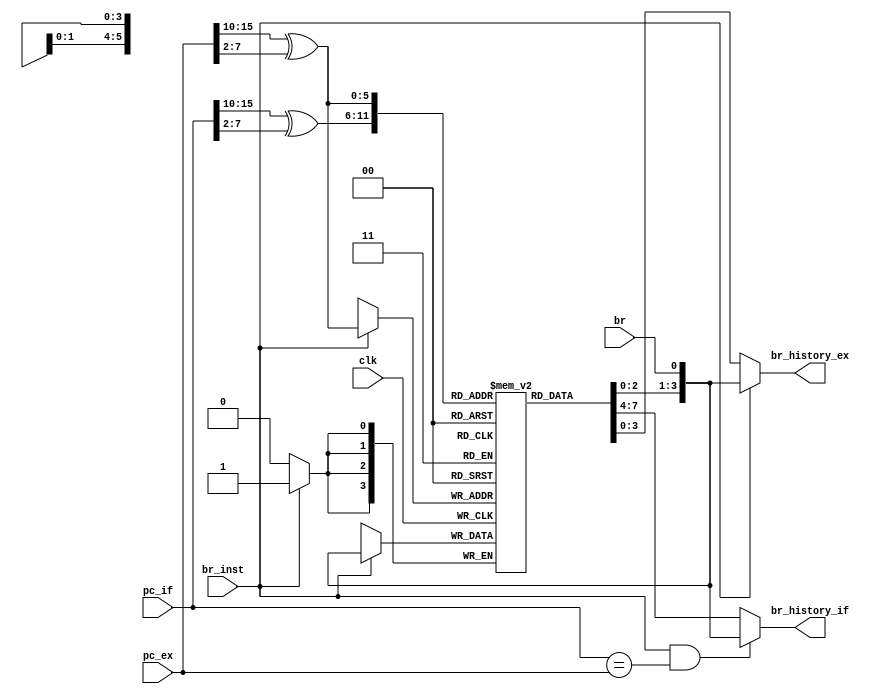
module BHT (
    input clk,
    input [31:0] pc_if,
    input [31:0] pc_ex,
    input br_inst,  //exbr
    input br,
    output [3:0] br_history_if,
    output [3:0] br_history_ex
);
    reg [3:0] bht [0:63];
    wire [5:0] pc_if_hash, pc_ex_hash;
    integer i=0;

    assign pc_if_hash=pc_if[15:10]^pc_if[7:2];
    assign pc_ex_hash=pc_ex[15:10]^pc_ex[7:2];
    assign br_history_if= (br_inst && pc_if==pc_ex) ? {bht[pc_ex_hash][2:0],br} : bht[pc_if_hash];    //
    assign br_history_ex= (br_inst) ? {bht[pc_ex_hash][2:0],br} : bht[pc_ex_hash];  //
    
    initial begin
        for (i=0; i<64; i=i+1) begin
            bht[i]=4'h0;    //BHR
        end
    end

    always @(posedge clk) begin
        if(br_inst)
            bht[pc_ex_hash]<={bht[pc_ex_hash][2:0],br};  //
    end
endmodule

module PHT_Partical (
    input clk,
    input [31:0] pc_if,
    input [31:0] pc_ex,
    input br_inst,  //br
    input br,
    input [3:0] br_history_if,
    input [3:0] br_history_ex,
    output reg br_pre
);
    reg [1:0] pht [0:63][0:15];
    wire [5:0] pc_if_hash, pc_ex_hash;
    integer i=0, j=0;

    assign pc_if_hash=pc_if[15:10]^pc_if[7:2];
    assign pc_ex_hash=pc_ex[15:10]^pc_ex[7:2];

    always @(*) begin
        if(br_inst && pc_if==pc_ex)begin    //
            case (pht[pc_ex_hash][br_history_ex])
                2'b00: br_pre=0;
                2'b01: br_pre= (br) ? 1 : 0;
                2'b10: br_pre= (br) ? 1 : 0;
                2'b11: br_pre=1;
            endcase
        end
        else begin
            case (pht[pc_if_hash][br_history_if])
                2'b00: br_pre=0;
                2'b01: br_pre=0;
                2'b10: br_pre=1;
                2'b11: br_pre=1;
            endcase
        end
    end

    initial begin
        for (i=0; i<64; i=i+1) begin
            for (j=0; j<16; j=j+1) begin
                pht[i][j]=2'b01;    //
            end
        end    
    end

    always @(posedge clk) begin
        if (br_inst) begin
            case (pht[pc_ex_hash][br_history_ex])
                2'b00: pht[pc_ex_hash][br_history_ex]<= (br) ? 2'b01 : 2'b00;
                2'b01: pht[pc_ex_hash][br_history_ex]<= (br) ? 2'b10 : 2'b00;
                2'b10: pht[pc_ex_hash][br_history_ex]<= (br) ? 2'b11 : 2'b01;
                2'b11: pht[pc_ex_hash][br_history_ex]<= (br) ? 2'b11 : 2'b10;
            endcase
        end
    end
endmodule

module Partical_Br_History (
    input clk,
    input [31:0] pc_if,
    input [31:0] pc_ex,
    input [31:0] inst_ex,
    input br_ex,
    output br_pre
);
    wire br_inst;
    wire [3:0] br_history_if;
    wire [3:0] br_history_ex;
    assign br_inst= (inst_ex[6:0]==7'b1100011) ? 1 : 0;

    BHT bht(
        .clk(clk),
        .pc_if(pc_if),
        .pc_ex(pc_ex),
        .br_inst(br_inst),
        .br(br_ex),
        .br_history_if(br_history_if),
        .br_history_ex(br_history_ex)
    );

    PHT_Partical pht_partical(
        .clk(clk),
        .pc_if(pc_if),
        .pc_ex(pc_ex),
        .br_inst(br_inst),
        .br(br_ex),
        .br_history_if(br_history_if),
        .br_history_ex(br_history_ex),
        .br_pre(br_pre)
    );
endmodule